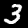
Label: 3